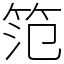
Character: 笵